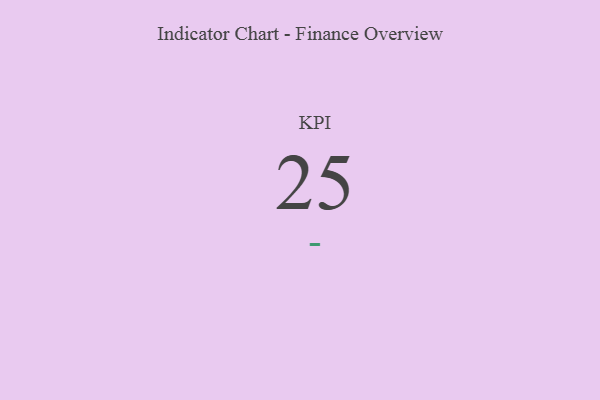
{"axis": {"x": "KPI", "y": "Value"}, "legend": [""], "data": [{"x": "KPI", "y": 25, "type": ""}]}